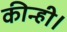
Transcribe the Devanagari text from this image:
कीन्ही।